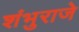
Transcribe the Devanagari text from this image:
शंभुराजे